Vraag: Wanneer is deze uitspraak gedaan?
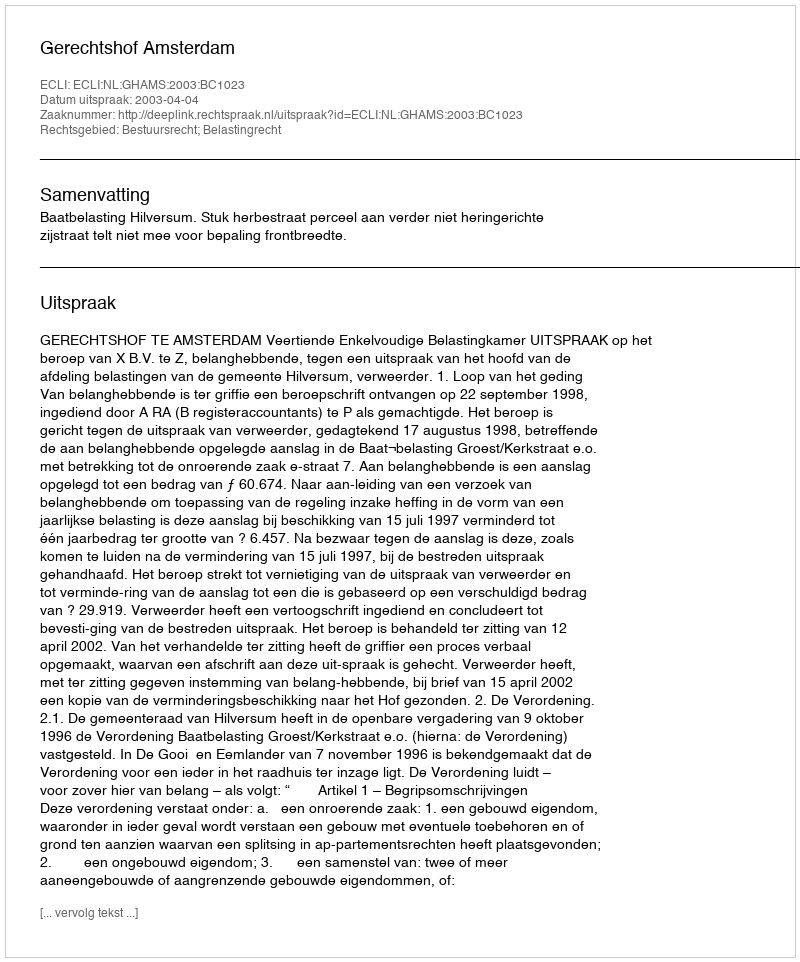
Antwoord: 2003-04-04